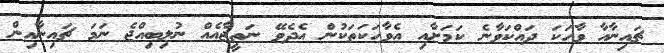
ޗައިނާއާ ވާހަކަ ދައްކަވާނެ ކަމަށާއި އެވާހަކަތަކުން އެދެވޭ ނަތީޖާއެއް ނުލިބިއްޖެ ނަމަ ޗައިނާއިން